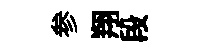
参翔段